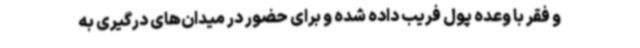
و فقر با وعده پول فریب داده شده و برای حضور در میدان‌های درگیری به